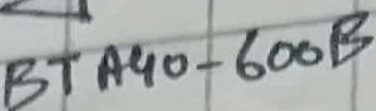
Text: BTA40-600B